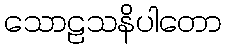
သောဠသနိပါတော